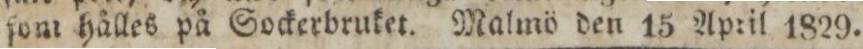
ſom hålles på Sockerbruket. Malmö den 15 April 1829.